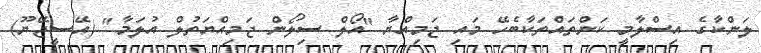
ލަންކާގެ އިސްލާމީ ކަންތައްތަކާބެހޭ މައި ޖަމިއްޔާ "އޯލް ސިިލޯން ޖަމިއްޔަތުލް އުލަމާ" (އޭސީޖޭޔޫ)